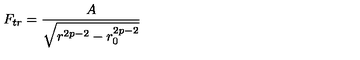
F _ { t r } = \frac { A } { \sqrt { r ^ { 2 p - 2 } - r _ { 0 } ^ { 2 p - 2 } } }